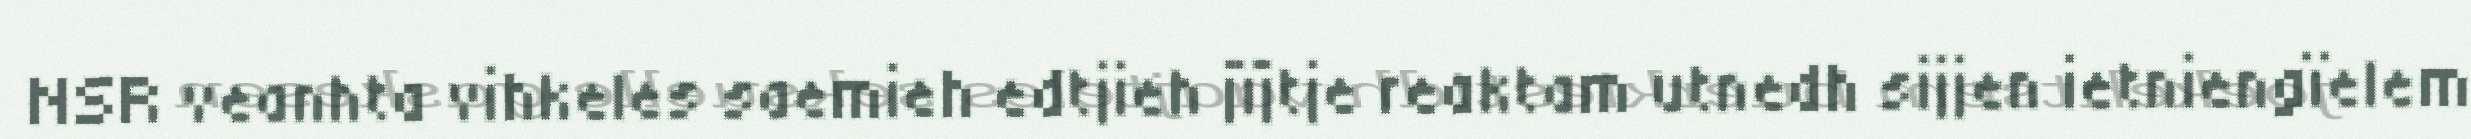
NSR veanhta vihkeles saemieh edtjieh jïjtje reaktam utnedh sijjen ietniengïelem